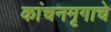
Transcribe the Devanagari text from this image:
कांचनमृगाचे